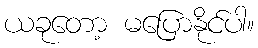
ယခုတော့ မပြောနိုင်ပါ။